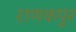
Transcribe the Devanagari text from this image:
राणकपुर